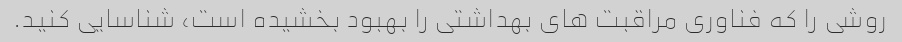
روشی را که فناوری مراقبت های بهداشتی را بهبود بخشیده است، شناسایی کنید.